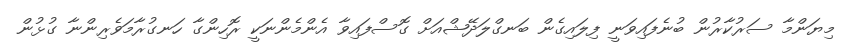
މިޔަންމާ ސަރުކާރުން ބުނެފައިވަނީ ފިލައިގެން ބަނގްލަދޭޝްއަށް ގޮސްފައިވާ އެންމެންނަކީ ރޮހިންގާ ހަނގުރާމަވެރިންނާ ގުޅުން